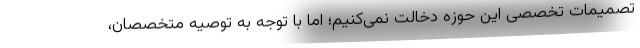
تصمیمات تخصصی این حوزه دخالت نمی‌کنیم؛ اما با توجه به توصیه متخصصان،